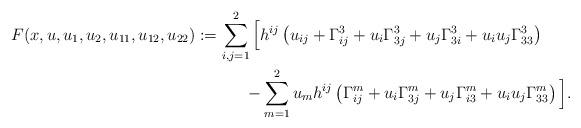
LaTeX: \begin{align*}F(x,u,u_1,u_2,u_{11}, u_{12}, u_{22})&:=\sum_{i,j=1}^2 \Big[h^{ij}\left( u_{ij} + \Gamma_{ij}^3 + u_i\Gamma_{3j}^3 + u_j\Gamma_{3i}^3 + u_i u_j\Gamma_{33}^3 \right) \\&\ \ \ \ \ \ \ \ \ -\sum_{m=1}^2u_m h^{ij}\left( \Gamma_{ij}^m + u_i\Gamma_{3j}^m + u_j\Gamma_{i3}^m + u_i u_j\Gamma_{33}^m \right)\Big].\end{align*}